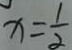
x = \frac { 1 } { 2 }